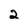
Character: 2